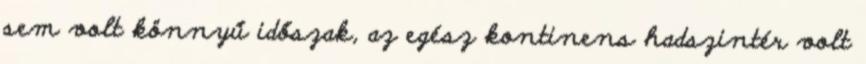
sem volt könnyű időszak, az egész kontinens hadszintér volt